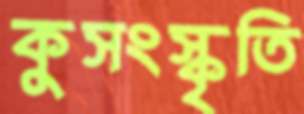
কুসংস্কৃতি